Vital statistics of India. Vol. V, Reports of 1876 on armies & jails and on epidemic cholera
Year: 1876
Disease focus: Cholera
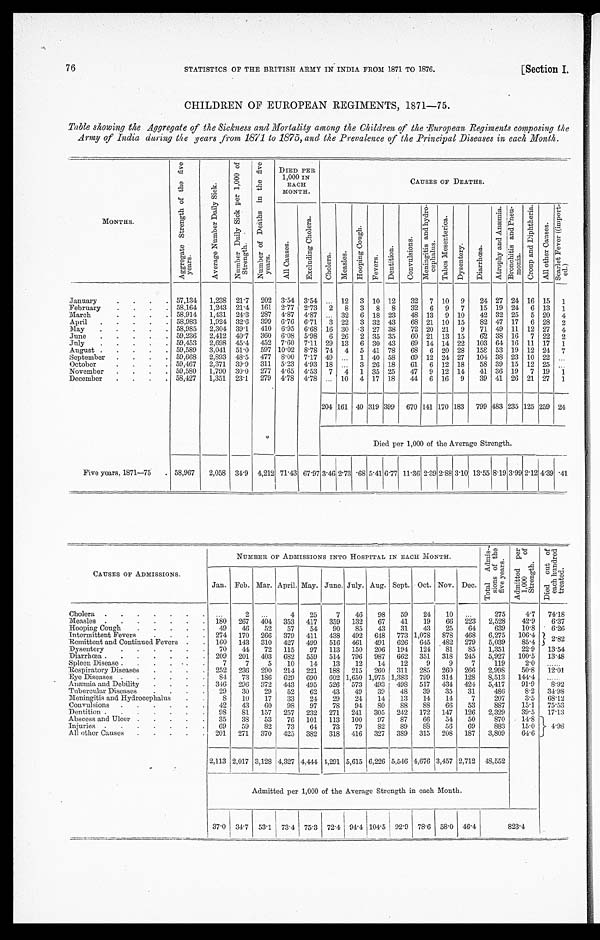
STATISTICS OF THE BRITISH ARMY IN INDIA FROM 1871 TO 1876.
[Section I.
76
CHILDREN OF EUROPEAN REGIMENTS, 1871—75.
Table showing the Aggregate of the Sickness and Mortality among the Children, of the European Regiments composing the
Army of India during the years from 1871 to 1875, and the Prevalence of the Principal Diseases in each Month.
M O N T H S .
A g g r e g a t e S t r e n g t h o f t h e f i v e y e a r s .
A v e r a g e N u m b e r D a i l y S i c k .
N u m b e r D a i l y S i c k p e r 1 , 0 0 0 o f S t r e n g t h .
N u m b e r o f D e a t h s i n t h e f i v e y e a r s .
DIED PER
1,000 IN
EACH
MONTH.
CAUSES OF DEATHS.
A l l C a u s e s
.
E x c l u d i n g C h o l e r a .
C h o l e r a .
M e a s l e s .
H o o p i n g C o u g h .
F e v e r s .
D e n t i t i o n .
C o n v u l s i o n s .
M e n i n g i t i s a n d h y d r o - c e p h a l u s .
T a b e s M e s e n t e r i c a .
D y s e n t e r y .
D i a r r h œ a .
A t r o p h y a n d A n æ m i a . B r o n c h i t i s a n d P n e u - m o n i a .
C r o u p a n d D i p h t e r i a .
A l l o t h e r C a u s e s .
S c a r l e t F e v e r ( i m p o r t - e d . )
January . . .
57,134
1,238
21.7
202
3.54
3.54
. . .
12
3
10 12
32
7
10
9
24 27 24 16
15
1
February . . .
58,164
1,243
21.4
161
2.77
2.73
2
8
3
8
8
32
6
9
7
15 19
24
6 13
1
March . . .
58,914
1,431
24.3
287
4.87
4.87
. . .
32
6 18
23
48
13
9
10
42 32
25
5 20
4
April . . .
58,983
1,924
32.6
399
6.76
6.71
3
22
3 32 43
68 21
10 15
82 47
17
6 28
2
May . . .
58,985
2,304
39.1
410
6.95
6.68 16 30
3 27
38
72 20
21
9
71 49 11
12 27
4
June . . .
59,236
2,412
40.7
360
6.08
5.98
6
26
2 35 35
60 21
13 15
62 38 16
7
22
2
July . . .
59,453
2,698
45.4
452
7.60
7.11
29
13
6
30 43
69
14 14 22
103 64 16
11
17
1
August . . .
59,589
3,041
51.0
597 10.02
8.78 74
4
5 41
78
68
6
20
28
158 53 19
12 24
7
September . . .
59,668
2,893
48.5
477
8.00
7.17
49
. . .
1
40
58
69
12
24 27
104 38 23
10 22
. . .
October . . .
59,467
2.371
39.9
311
5.23
4.93
18
. . .
3
26
18
61
6 12
18
58 39
15
12
25
. . .
November . . .
59,580
1,790
30.0
277
4.65
4.53
7
4
1
35
25
47
9
12
14
41 36 19
7
19
1
December . . .
58,427
1,351
23.1
279
4.78
4.78
. . .
10
4 17
18
4 4 6
16
9
39 41
26
21 27
1
204 161 40 319 399
670 141 170 183
799 483 235 125 259
24
Died per 1,000 of the Average Strength.
Five years, 1871-75.
58,967
2,058
34.9
4,212 71.43 67.97 3.46 2.73 .68 5.41 6.77 11.36 2.39 2.88 3.10 13.55 8.19 3.99 2.12 4.39 .41
CAUSES OF ADMISSIONS
.
NUMBER OF ADMISSIONS INTO HOSPITAL IN EACH MONTH.
T o t a l A d m i s - s i o n s o f t h e f i v e y e a r .
A d m i t t e d p e r 1 , 0 0 0 o f s t r e n g t h .
D i e d o u t o f e a c h h u n d r e d t r e a t e d .
Jan.
Feb. Mar. April. May. June. July. Aug. Sept. Oct. Nov. Dec.
Cholera . . .
. . .
2
. . .
4
25
7
46
98
59
24
10
. . .
275
4.7
74.18
Measles . . .
180
267
404
353
417
359
132
67
41
19
66
223
2,528
42.9
6.37
Hooping Cough . . .
49
46
52
57
54
90
85
43
31
43
25
64
639
10.8
6.26
Intermittent Fevers . . .
274
170
266
379
411
438
492
648
773 1,078
878
468
6,275
106.4
2.82
Remittent and Continued Fevers . . .
160
143
310
427
499
516
461
491
626
645
482
279
5,039
85.4
Dysentery . . .
70
44
72
115
97
113
150
206
194
124
81
85
1,351
22.9
13.54
Diarrhœa . . .
209
201
403
632
559
514
796
987
662
351
318
245
5,927
100.5
13.48
Spleen Disease . . .
7
7
5
10
14
13
12
14
12
9
9
7
119
2.0
. . .
Respiratory Diseases . . .
252
236
290
214
221
188
215
260
311
285
260
266
2,998
50.8
12.01
Eye Diseases . . .
84
73
186
629
690
602 1,650 1,975 1,383
799
314
128
8,513
144.4
. . .
Anæmia and Debility . . .
346
296
372
443
495
526
573
493
498
517
434
424
5,417
91.9
8.92
Tubercular Diseases . . .
29
30
29
52
62
43
49
39
48
39
35
31
486
8.2
34.98
Meningitis and Hydrocephalus . . .
8
10
17
33
24
29
24
14
13
14
14
7
207
3.5
68.12
Convulsions . . .
42
43
60
98
97
78
94
8 0
88
88
66
53
887
15.1
75.53
Dentition . . .
98
81
157
257
232
271
241
305
242
172
147
126
2,329
39.5
17.13
Abscess and Ulcer . . .
35
38
53
76
101
113
100
97
87
66
54
50
870
14.8
4.98
injuries . . .
69
59
82
73
64
73
79
82
89
8 8
56
69
883
15.0
All other Causes . . .
201
271
370
425
382
318
416
327
389
315
208
187
3,809
64.6
2,113 2,017 3,128 4,327 4,444 4,291 5,615 6,226 5,546 4,676 3,457 2,712
48,552
Admitted per 1,000 of the Average Strength in each Month.
37.0
34.7
53.1
73.4
75.3
72.4
94.4 104.5
92.9
78.6
58.0
46.4
823.4